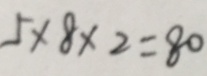
5 \times 8 \times 2 = 8 0